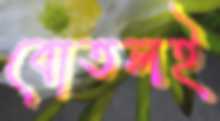
বোতলই